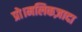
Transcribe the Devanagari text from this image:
प्रो।मलिकज़ादा